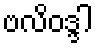
ဗလိဝဒ္ဒါ